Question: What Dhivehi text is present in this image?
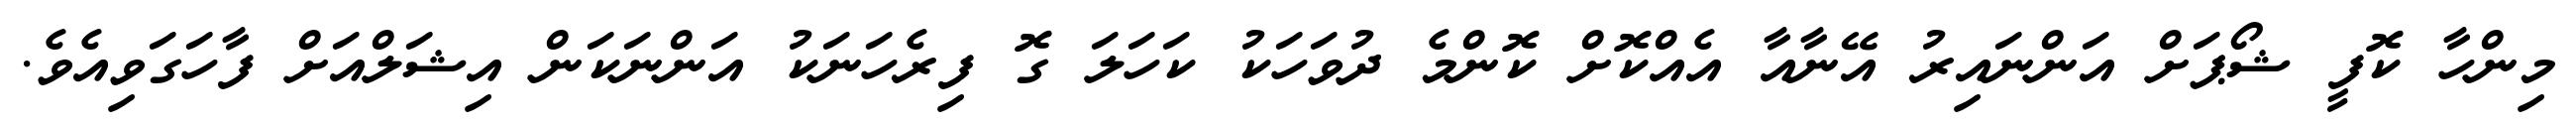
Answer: މިންހާ ކޮފީ ޝޯޕަށް އަންނައިރު އޭނާއާ އެއްކޮށް ކޮންމެ ދުވަހަކު ކަހަލަ ގޮ ފިރެހަނަކު އަންނަކަން އިޝަލްއަށް ފާހަގަވިއެވެ.